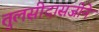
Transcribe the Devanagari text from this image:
तुलसीदासजीने